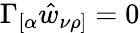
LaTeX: \Gamma_{[\alpha}\hat{w}_{\nu\rho]}=0